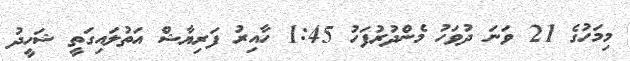
މިމަހުގެ 21 ވަނަ ދުވަހު މެންދުރުފަހު 1:45 ހާއިރު ފަރިޔާޝް އަތުލައިގަތީ ޝަހީދު